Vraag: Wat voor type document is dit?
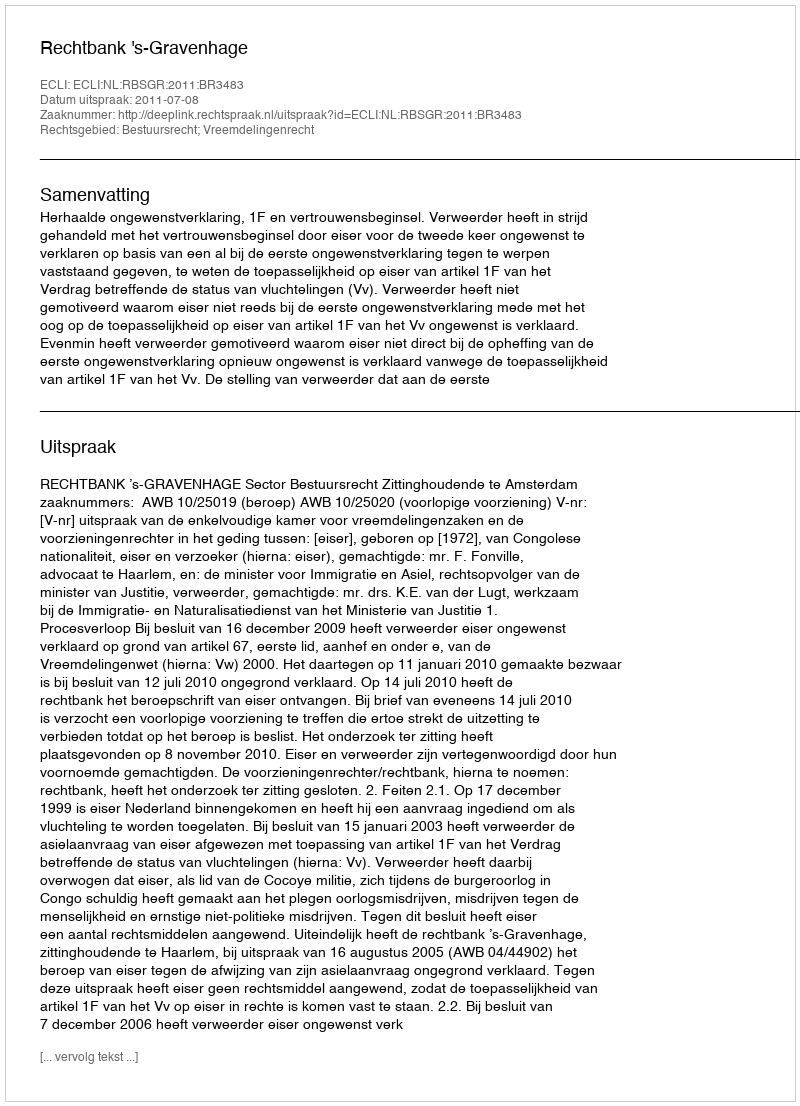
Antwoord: Uitspraak